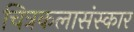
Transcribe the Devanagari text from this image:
चित्रकलासंस्कार